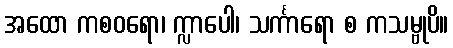
အထော ကစဝရော၊ က္လာပေါ၊ သင်္ကာရော စ ကသမ္ဗုပိ။